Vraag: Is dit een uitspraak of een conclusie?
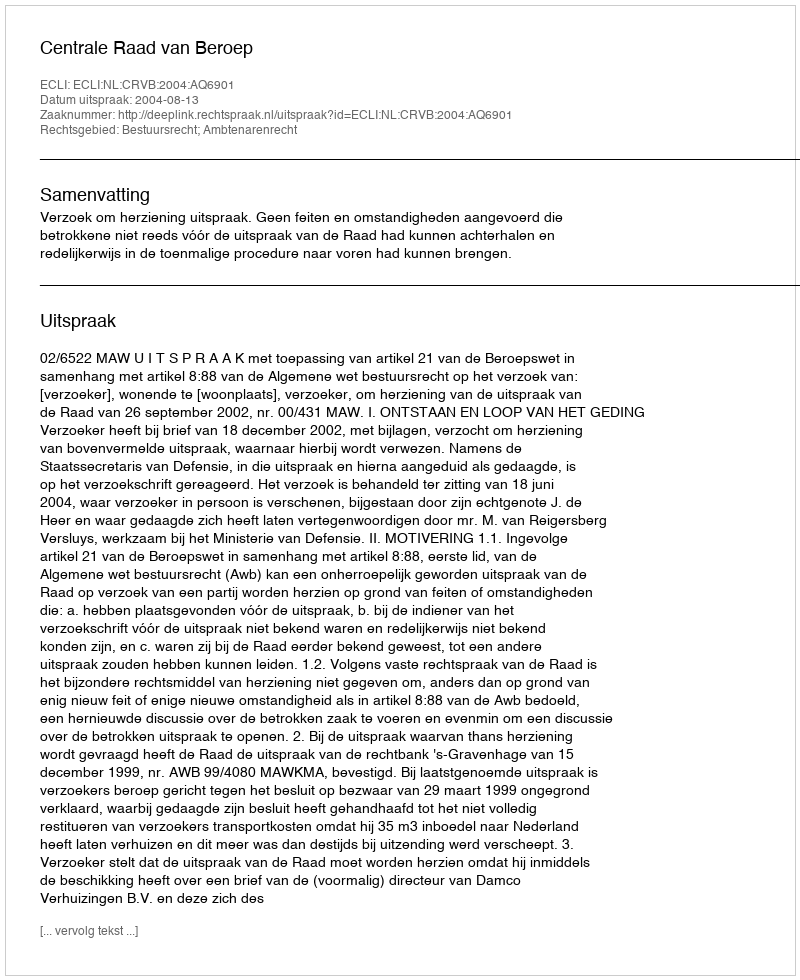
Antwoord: Uitspraak